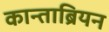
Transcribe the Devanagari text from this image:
कान्ताब्रियन